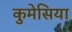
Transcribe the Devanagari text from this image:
कुमेसिया